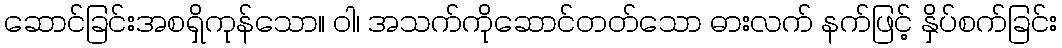
ဆောင်ခြင်းအစရှိကုန်သော။ ဝါ၊ အသက်ကိုဆောင်တတ်သော ဓားလက် နက်ဖြင့် နှိပ်စက်ခြင်း